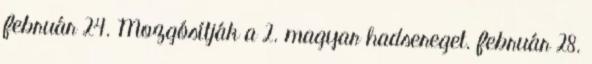
február 24. Mozgósítják a 2. magyar hadsereget. február 28.